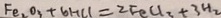
F e _ { 2 } O _ { 3 } + 6 H C l = 2 F e C l _ { 3 } + 3 H _ { 2 }